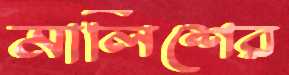
মালিশের